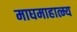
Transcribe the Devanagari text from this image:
माघमाहात्म्य